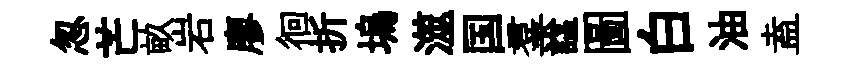
忽芒畝岩廖徊折塢澨国羣諡圖白油盍